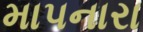
માપનારા